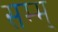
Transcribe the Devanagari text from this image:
सम्म्